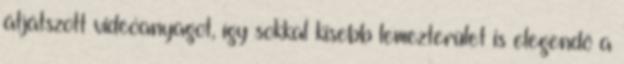
átjátszott videóanyagot, így sokkal kisebb lemezterület is elegendõ a